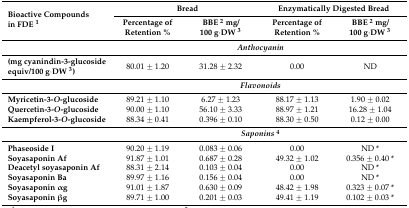
<table><thead><tr><td rowspan="2"><b>Bioactive Compounds in FDE <sup>1</sup></b></td><td colspan="2"><b>Bread</b></td><td colspan="2"><b>Enzymatically Digested Bread</b></td></tr><tr><td><b>Percentage of Retention %</b></td><td><b>BBE <sup>2</sup> mg/100 g·DW <sup>3</sup></b></td><td><b>Percentage of Retention %</b></td><td><b>BBE <sup>2</sup> mg/100 g·DW <sup>3</sup></b></td></tr></thead><tbody><tr><td></td><td colspan="4"><b><i>Anthocyanin</i></b></td></tr><tr><td><b>(mg cyanindin-3-glucoside equiv/100 g·DW <sup>3</sup>)</b></td><td>80.01 ± 1.20</td><td>31.28 ± 2.32</td><td>0.00</td><td>ND</td></tr><tr><td></td><td colspan="4"><b><i>Flavonoids</i></b></td></tr><tr><td><b>Myricetin-3-<i>O</i>-glucoside</b></td><td>89.21 ± 1.10</td><td>6.27 ± 1.23</td><td>88.17 ± 1.13</td><td>1.90 ± 0.02</td></tr><tr><td><b>Quercetin-3-<i>O</i>-glucoside</b></td><td>90.00 ± 1.10</td><td>56.10 ± 3.33</td><td>88.97 ± 1.21</td><td>16.28 ± 1.04</td></tr><tr><td><b>Kaempferol-3-<i>O</i>-glucoside</b></td><td>88.34 ± 0.41</td><td>0.396 ± 0.10</td><td>88.30 ± 0.50</td><td>0.12 ± 0.00</td></tr><tr><td></td><td colspan="4"><b><i>Saponins</i><sup>4</sup></b></td></tr><tr><td><b>Phaseoside I</b></td><td>90.20 ± 1.19</td><td>0.083 ± 0.06</td><td>0.00</td><td>ND *</td></tr><tr><td><b>Soyasaponin Af</b></td><td>91.87 ± 1.01</td><td>0.687 ± 0.28</td><td>49.32 ± 1.02</td><td>0.356 ± 0.40 *</td></tr><tr><td><b>Deacetyl soyasaponin Af</b></td><td>88.31 ± 2.14</td><td>0.103 ± 0.04</td><td>0.00</td><td>ND *</td></tr><tr><td><b>Soyasaponin Ba</b></td><td>89.97 ± 1.16</td><td>0.156 ± 0.04</td><td>0.00</td><td>ND *</td></tr><tr><td><b>Soyasaponin αg</b></td><td>91.01 ± 1.87</td><td>0.630 ± 0.09</td><td>48.42 ± 1.98</td><td>0.323 ± 0.07 *</td></tr><tr><td><b>Soyasaponin βg</b></td><td>89.71 ± 1.00</td><td>0.201 ± 0.03</td><td>49.41 ± 1.19</td><td>0.102 ± 0.03 *</td></tr></tbody></table>